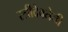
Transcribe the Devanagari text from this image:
स्त्रीदेवतेची